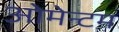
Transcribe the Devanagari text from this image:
ओमेन्टम